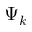
\Psi _ { k }